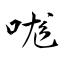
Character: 哤